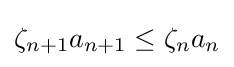
\zeta _{n+1}a_{n+1}\leq \zeta _{n}a_{n}